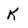
Character: K